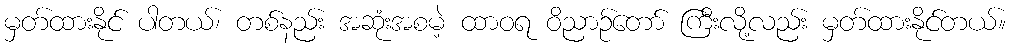
မှတ်ထားနိုင် ပါတယ်၊ တစ်နည်း အဆုံးအစမဲ့ ထာဝရ ဝိညာဉ်တော် ကြီးလို့လည်း မှတ်ထားနိုင်တယ်။